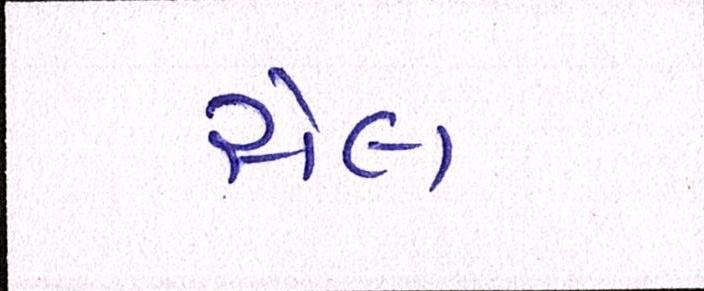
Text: સેલ